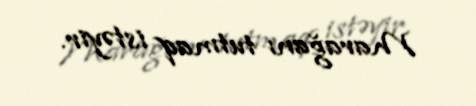
Marağanı tutmaq istəyir.